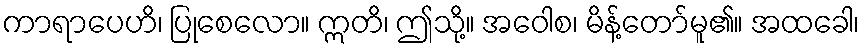
ကာရာပေဟိ၊ ပြုစေလော။ ဣတိ၊ ဤသို့။ အဝေါစ၊ မိန့်တော်မူ၏။ အထခေါ၊